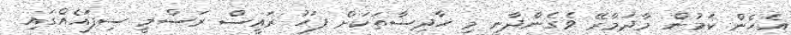
އެހެން ކަމުން މާދަމާރޭ ވެގެންދާނީ މި ހާދިސާތަކަށް ފަހު ރައީސް ރަސްމީ ސިފައެއްގައި